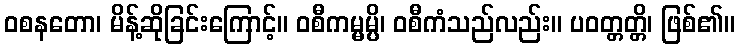
ဝစနတော၊ မိန့်ဆိုခြင်းကြောင့်။ ဝစီကမ္မမ္ပိ၊ ဝစီကံသည်လည်း။ ပဝတ္တတ္တိ၊ ဖြစ်၏။